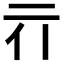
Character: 𰁖